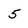
Character: 5